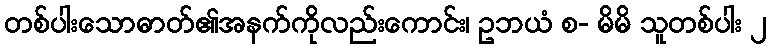
တစ်ပါးသောဓာတ်၏အနက်ကိုလည်းကောင်း၊ ဥဘယံ စ- မိမိ သူတစ်ပါး ၂